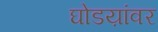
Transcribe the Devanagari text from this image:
घोडय़ांवर